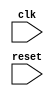
module behavior_block (
  input clk,
  input reset
);

always @ (posedge clk or negedge reset)
begin
  // code here
end

endmodule